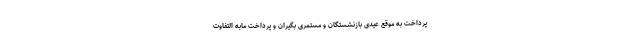
پرداخت به موقع عیدی بازنشستگان و مستمری بگیران و پرداخت مابه التفاوت